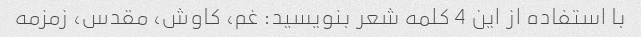
با استفاده از این 4 کلمه شعر بنویسید: غم، کاوش، مقدس، زمزمه